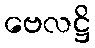
ဗေလဋ္ဌိ